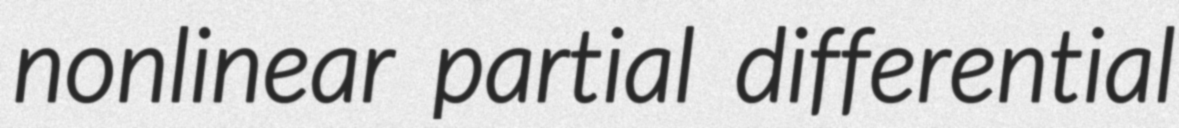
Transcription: nonlinear partial differential